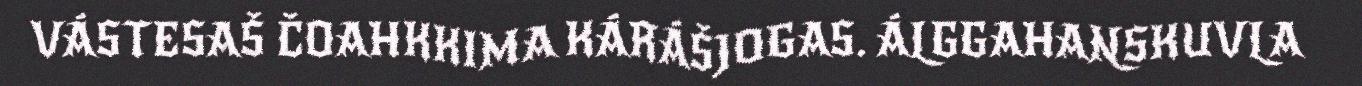
VÁSTESAŠ ČOAHKKIMA KÁRÁŠJOGAS. ÁLGGAHANSKUVLA